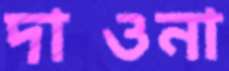
দাওনা